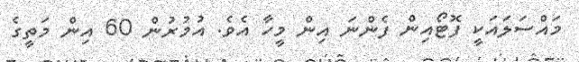
މައްސަލައަކީ ފޮޓޯއިން ފެންނަ އިން މީހާ އެވެ. އުމުރުން 60 އިން މަތީގެ